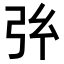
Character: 𢎺